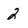
Character: 2